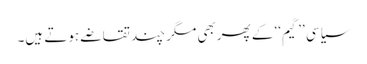
سیاسی ’’گیم‘‘ کے پھربھی مگر چند تقاضے ہوتے ہیں۔